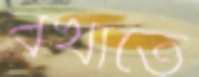
বখাতে